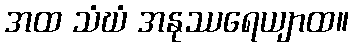
အထ သံဃံ အနုဿရေယျာထ။